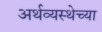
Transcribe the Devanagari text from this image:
अर्थव्यस्थेच्या